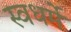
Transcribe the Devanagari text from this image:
स्वधर्मे